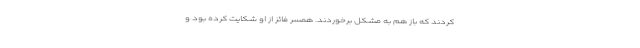
کردند که باز هم به مشکل برخوردند. همسر فائز از او شکایت کرده بود و